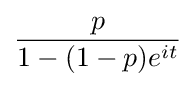
{\frac {p}{1-(1-p)e^{it}}}